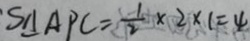
S \Delta A P C = \frac { 1 } { 2 } \times 2 \times 1 = 4